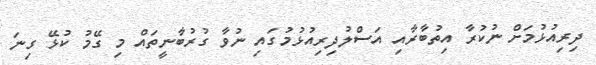
ދިރިއުޅުމަށް ނުކުރާ އިތުބާރާއި އަސްލުދިރިއުޅުމުގައި ނުވާ ގުރުބާނީތައް މި ގޭމު ކުޅޭ ގިނަ